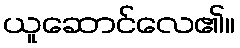
ယူဆောင်လေ၏။